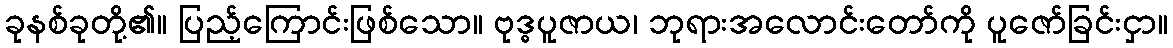
ခုနစ်ခုတို့၏။ ပြည့်ကြောင်းဖြစ်သော။ ဗုဒ္ဓပူဇာယ၊ ဘုရားအလောင်းတော်ကို ပူဇော်ခြင်းငှာ။